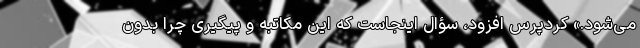
می‌شود.» کردپرس افزود، سؤال اینجاست که این مکاتبه و پیگیری چرا بدون